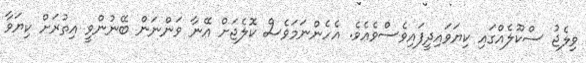
ވިލެޖު ސްކޫލެއްގައި ކިޔަވައިދީފައިވެސްވެއެވެ. އެހެންނަމަވެސް ކޮލެޖަށް އޭނާ ވަންނަން ބޭނުންވީ އިތުރަށް ކިޔަވާ